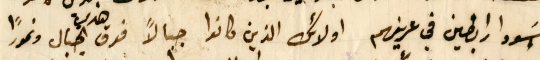
اسَودا رابضين في عرينهم اولائك الذين كانوا جبالاً فوق هذي الجبال ونمورًا